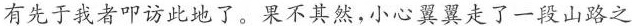
有先于我者叩访此地了。果不其然，小心翼翼走了一段山路之